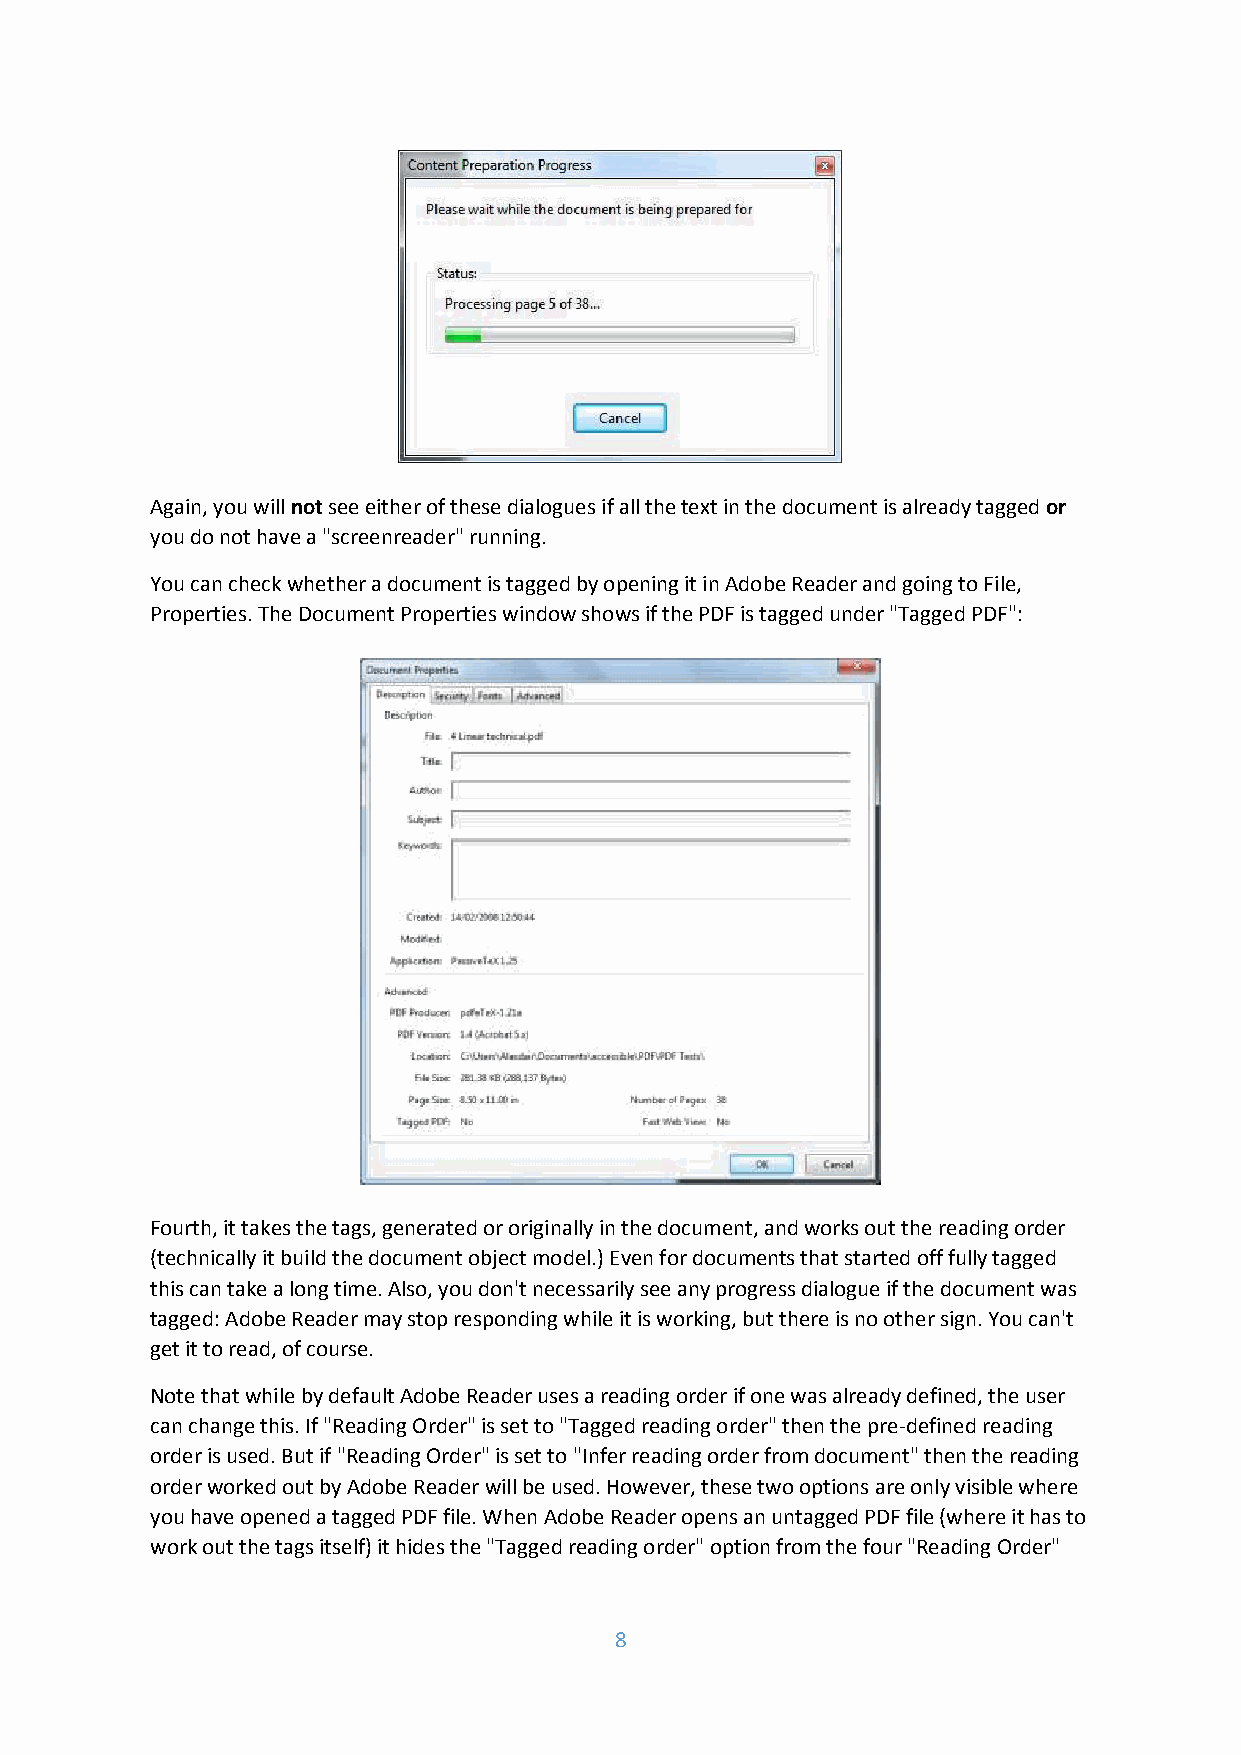
Again, you will not see either of these dialogues if all the text in the document is already tagged or
 you do not have a "screenreader" running.
 You can check whether a document is tagged by opening it in Adobe Reader and going to File,
 Properties. The Document Properties window shows if the PDF is tagged under "Tagged PDF":
 Fourth, it takes the tags, generated or originally in the document, and works out the reading order
 (technically it build the document object model.) Even for documents that started off fully tagged
 this can take a long time. Also, you don't necessarily see any progress dialogue if the document was
 tagged: Adobe Reader may stop responding while it is working, but there is no other sign. You can't
 get it to read, of course.
 Note that while by default Adobe Reader uses a reading order if one was already defined, the user
 can change this. If "Reading Order" is set to "Tagged reading order" then the pre-defined reading
 order is used. But if "Reading Order" is set to "Infer reading order from document" then the reading
 order worked out by Adobe Reader will be used. However, these two options are only visible where
 you have opened a tagged PDF file. When Adobe Reader opens an untagged PDF file (where it has to
 work out the tags itself) it hides the "Tagged reading order" option from the four "Reading Order"
 8